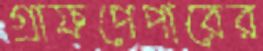
গ্রাফপেপারের